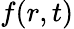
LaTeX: f(r,t)